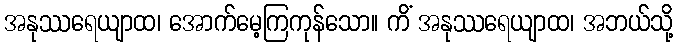
အနုဿရေယျာထ၊ အောက်မေ့ကြကုန်သော။ ကိံ အနုဿရေယျာထ၊ အဘယ်သို့